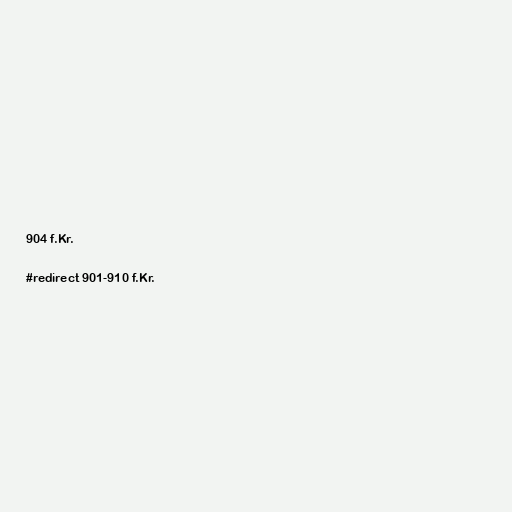
904 f.Kr.

#redirect 901-910 f.Kr.